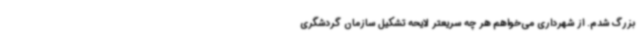
بزرگ شدم. از شهرداری می‌خواهم هر چه سریعتر لایحه تشکیل سازمان گردشگری